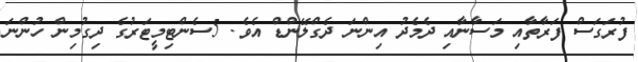
ފުރަގަސް ފަރާތާއި މަސާނާއި ދެމެދު އިންނަ ދެގްލޭންޑް އެވެ. 5ސެންޓިމީޓަރުގެ ދިގުމިން ހުންނަ